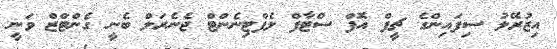
އިޒުރޭލު ސިފައިންގެ ޗީފް އޮފް ސްޓާފް ލެފްޓިނެންޓް ޖެނެރަލް ބެނީ ގެންޓްޒް ވަނީ